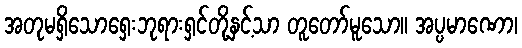
အတုမရှိသောရှေးဘုရားရှင်တို့နှင့်သာ တူတော်မူသော။ အပ္ပမာဏော၊